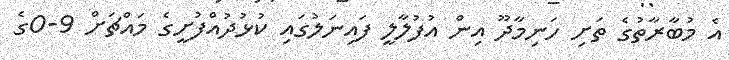
އެ މުބާރާތުގެ ތަށި ހަނިމާދޫ އިން އުފުލާލީ ފައިނަލުގައި ކުޅުދުއްފުށީގެ މައްޗަށް 9-0ގެ